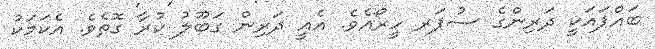
ބައްޕައަކީ ދަރިންގެ ސުޕަރ ހީރޯއެވެ. އެއީ ދަރިން ގަބޫލު ކުރާ ގޮތެވެ. އެކަމަކު